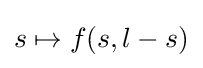
s\mapsto f(s,l-s)